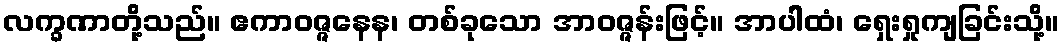
လက္ခဏာတို့သည်။ ဧကာဝဇ္ဇနေန၊ တစ်ခုသော အာဝဇ္ဇန်းဖြင့်။ အာပါထံ၊ ရှေးရှုကျခြင်းသို့။